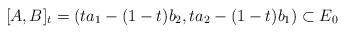
LaTeX: \begin{align*}[A,B]_t = (ta_1 - (1-t)b_2, ta_2 -(1-t)b_1) \subset E_0\end{align*}